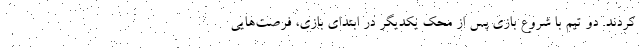
کردند. دو تیم با شروع بازی پس از محک یکدیگر در ابتدای بازی، فرصت‌هایی